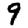
Digit: 9